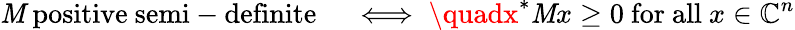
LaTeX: \mathit{M}{\mathrm{{~positive~semi-definite}}}\quad\iff\quadx^{*}\mathit{M}x\geq0{\mathrm{{~for~all~}}}x\in\mathbb{{C}}^{n}